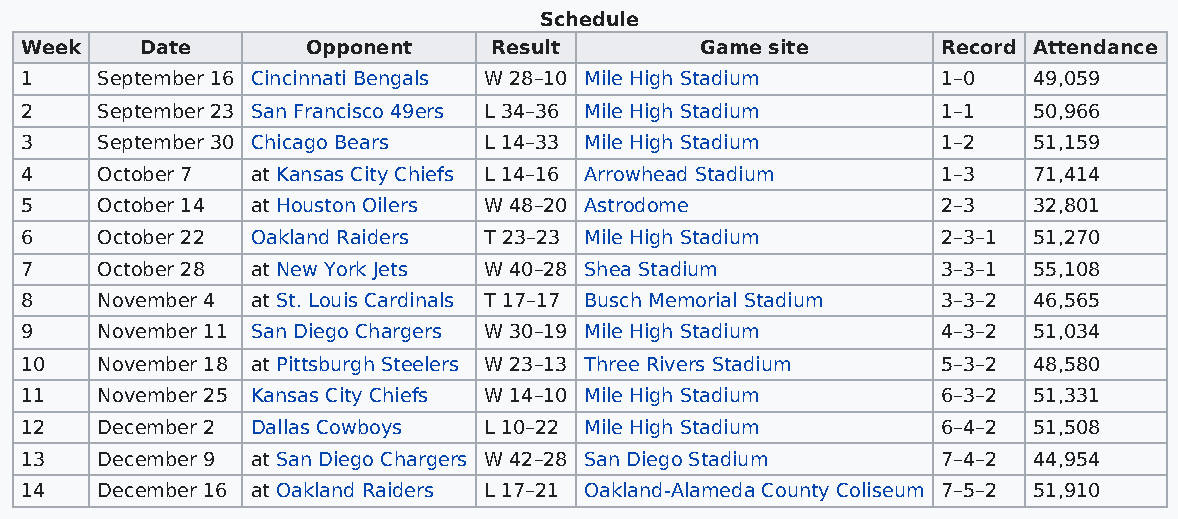
Schedule
 Week    Date       Opponent     Result       Game site       Record Attendance
 1    September 16 Cincinnati Bengals W 28–10 Mile High Stadium 1–0 49,059
 2    September 23 San Francisco 49ers L 34–36 Mile High Stadium 1–1 50,966
 3    September 30 Chicago Bears L 14–33 Mile High Stadium    1–2   51,159
 4    October 7  at Kansas City Chiefs L 14–16 Arrowhead Stadium 1–3 71,414
 5    October 14 at Houston Oilers W 48–20 Astrodome          2–3   32,801
 6    October 22 Oakland Raiders T 23–23 Mile High Stadium    2–3–1 51,270
 7    October 28 at New York Jets W 40–28 Shea Stadium        3–3–1 55,108
 8    November 4 at St. Louis Cardinals T 17–17 Busch Memorial Stadium 3–3–2 46,565
 9    November 11 San Diego Chargers W 30–19 Mile High Stadium 4–3–2 51,034
 10   November 18 at Pittsburgh Steelers W 23–13 Three Rivers Stadium 5–3–2 48,580
 11   November 25 Kansas City Chiefs W 14–10 Mile High Stadium 6–3–2 51,331
 12   December 2 Dallas Cowboys L 10–22 Mile High Stadium     6–4–2 51,508
 13   December 9 at San Diego Chargers W 42–28 San Diego Stadium 7–4–2 44,954
 14   December 16 at Oakland Raiders L 17–21 Oakland-Alameda County Coliseum 7–5–2 51,910